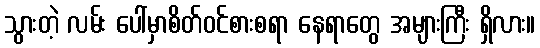
သွားတဲ့ လမ်း ပေါ်မှာစိတ်ဝင်စားစရာ နေရာတွေ အများကြီး ရှိလား။